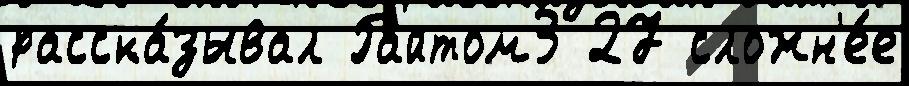
расска́зывал Райтом3 27 сложн'е́е